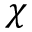
\chi